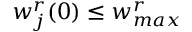
w _ { j } ^ { r } ( 0 ) \leq w _ { m a x } ^ { r }